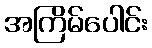
အကြိမ်ပေါင်း